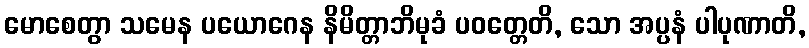
မောစေတွာ သမေန ပယောဂေန နိမိတ္တာဘိမုခံ ပဝတ္တေတိ, သော အပ္ပနံ ပါပုဏာတိ,